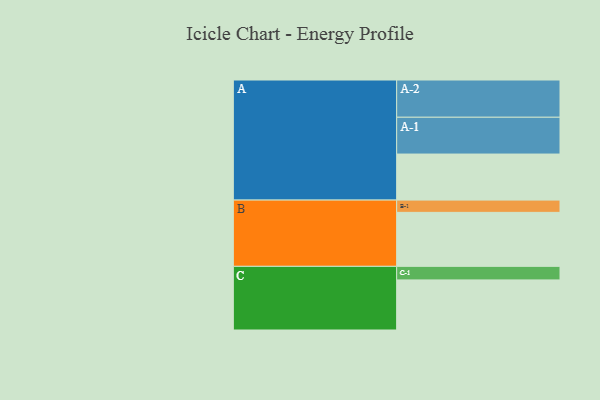
{"axis": {"x": "Segment", "y": "Value"}, "legend": ["", "A", "B", "C"], "data": [{"x": "A", "y": 319, "type": ""}, {"x": "B", "y": 374, "type": ""}, {"x": "C", "y": 347, "type": ""}, {"x": "A-1", "y": 255, "type": "A"}, {"x": "A-2", "y": 258, "type": "A"}, {"x": "B-1", "y": 85, "type": "B"}, {"x": "C-1", "y": 94, "type": "C"}]}